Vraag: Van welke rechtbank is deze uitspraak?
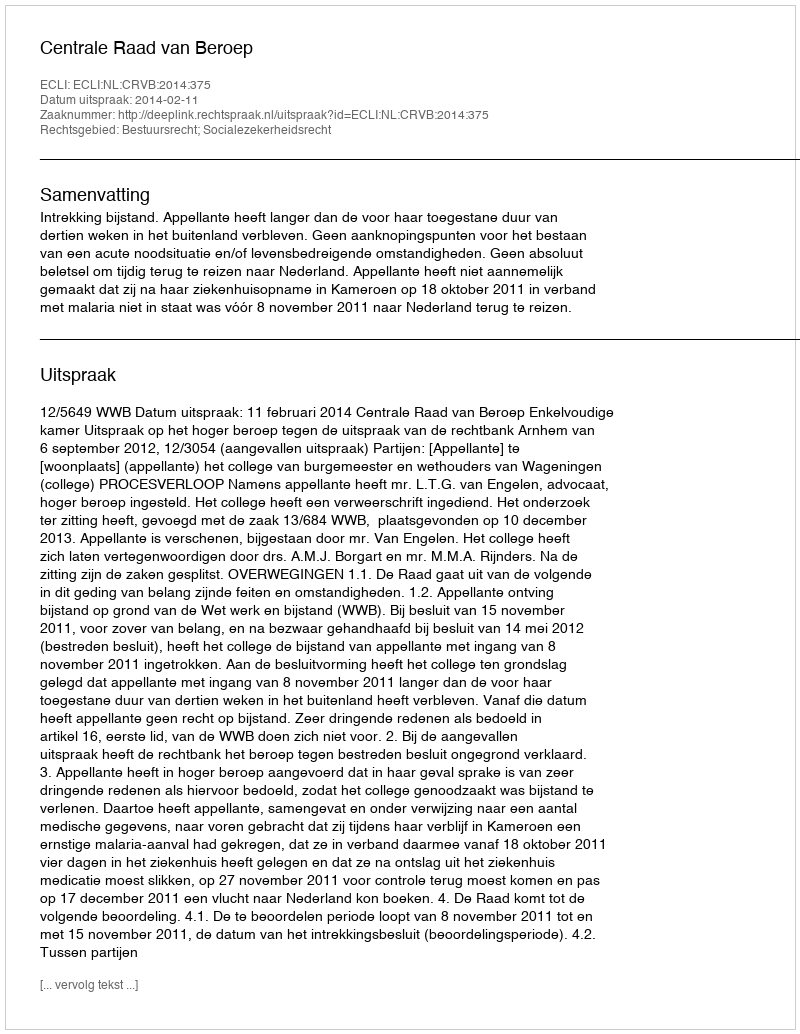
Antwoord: Centrale Raad van Beroep